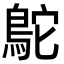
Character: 鴕